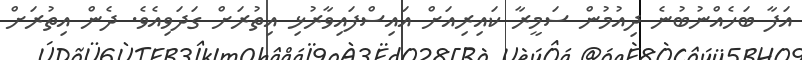
އަފާ ބަހެއްނުބުނެ ދިއުމުން ސަމީރާ ކައިރިއަށް އައިސްފައިވާރުޅި އިތުރަށް ގަދަވިއެވެ. ދެން އިތުރަށް